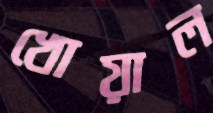
খোয়াল